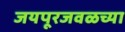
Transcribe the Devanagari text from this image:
जयपूरजवळच्या